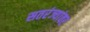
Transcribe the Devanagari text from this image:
सतरंज्यांवर